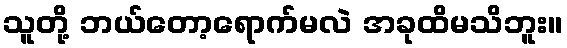
သူတို့ ဘယ်တော့ရောက်မလဲ အခုထိမသိဘူး။